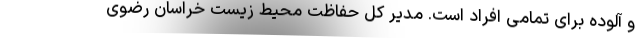
و آلوده برای تمامی افراد است. مدیر کل حفاظت محیط زیست خراسان رضوی